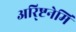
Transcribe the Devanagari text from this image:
अरि्ष्टनेमि